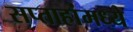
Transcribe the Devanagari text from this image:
सप्ताहांमध्ये